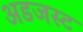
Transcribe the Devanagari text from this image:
अडजस्ट